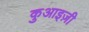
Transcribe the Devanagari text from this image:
कुआइज़ी